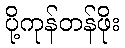
ပို့ကုန်တန်ဖိုး